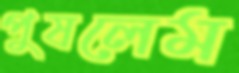
পুষলেম